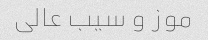
موز و سیب عالی